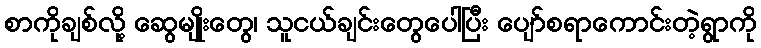
စာကိုချစ်လို့ ဆွေမျိုးတွေ၊ သူငယ်ချင်းတွေပေါပြီး ပျော်စရာကောင်းတဲ့ရွာကို